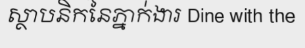
ស្ថាបនិកនៃភ្នាក់ងារ Dine with the